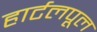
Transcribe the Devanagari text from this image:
हार्टलपूल